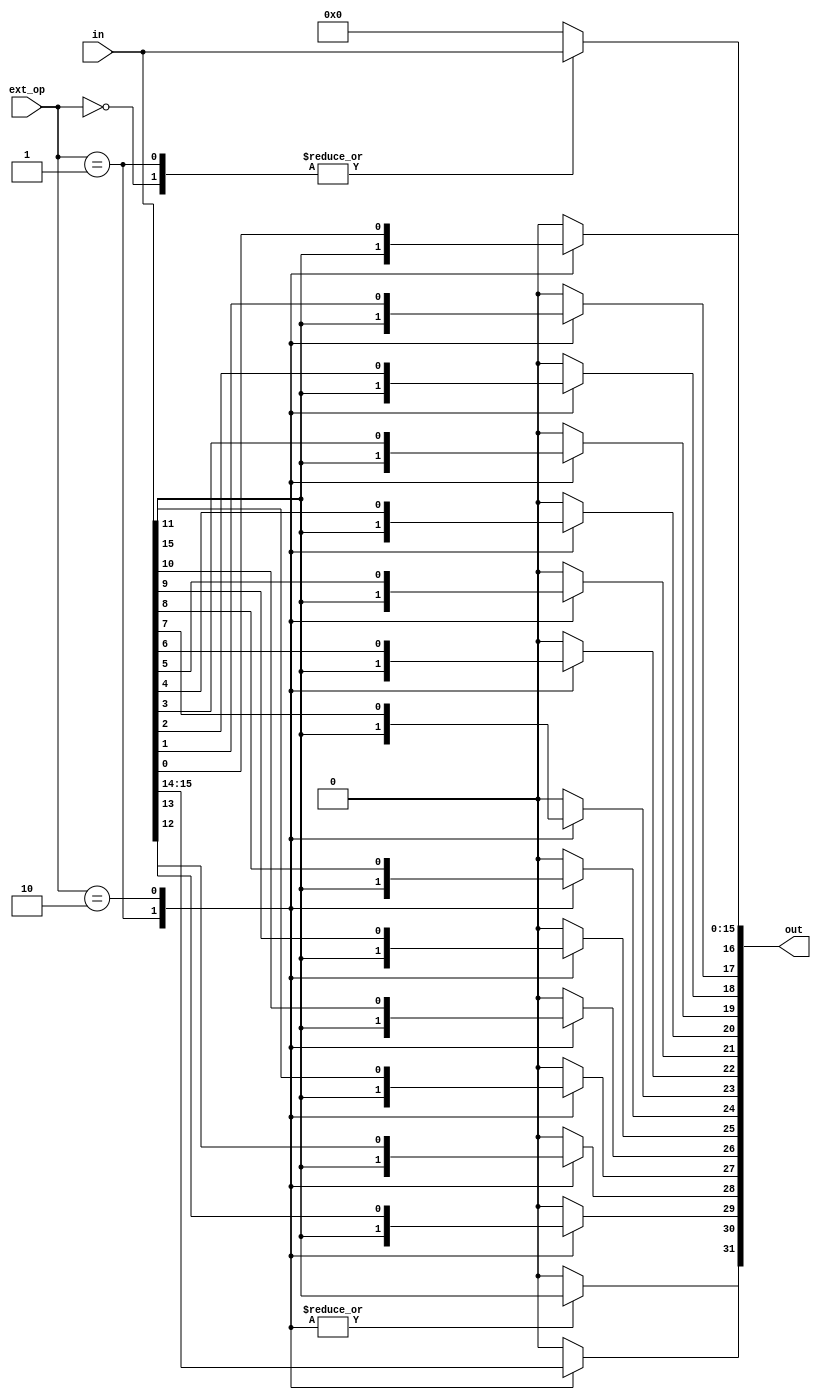
`timescale 1ns / 1ps
//////////////////////////////////////////////////////////////////////////////////
// Company: 
// Engineer: 
// 
// Design Name: 
// Module Name:    EXT 
// Project Name: 
// Target Devices: 
// Tool versions: 
// Description: 
//
// Dependencies: 
//
// Revision: 
// Revision 0.01 - File Created
// Additional Comments: 
//
//////////////////////////////////////////////////////////////////////////////////
module EXT(in,ext_op,out);
	input[15:0] in;
	input[1:0] ext_op;
	output reg [31:0] out;
	integer i;
	always @(*)
	begin
		case(ext_op)
		2'b00:	//zero ext
			begin
				out[15:0]=in;
				out[31:16]=16'b0;
			end
		2'b01:	//sign ext
			begin
				out[15:0]=in;
				for(i=16;i<=31;i=i+1)
						out[i]=in[15];
			end
		2'b10:	//lui ext
			begin
				out=in<<16;
			end
		default:begin out=32'b0; end	//all 0
		endcase
	end
endmodule